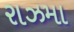
રાઝમા